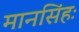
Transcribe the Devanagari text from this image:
मानसिंहः